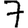
Digit: 7